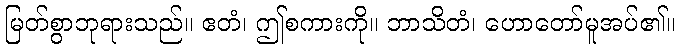
မြတ်စွာဘုရားသည်။ ဧတံ၊ ဤစကားကို။ ဘာသိတံ၊ ဟောတော်မူအပ်၏။